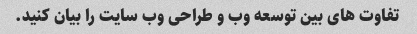
تفاوت های بین توسعه وب و طراحی وب سایت را بیان کنید.